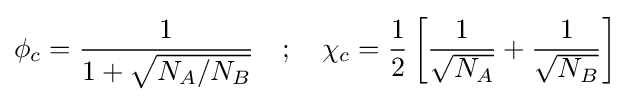
\phi _{c}={\frac {1}{1+{\sqrt {N_{A}/N_{B}}}}}\quad ;\quad \chi _{c}={\frac {1}{2}}\left[{\frac {1}{\sqrt {N_{A}}}}+{\frac {1}{\sqrt {N_{B}}}}\right]